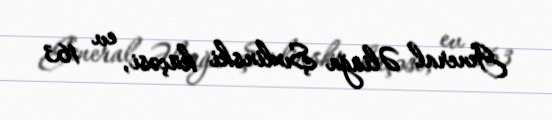
General Əliağa Şıxlinski küçəsi, ev 163